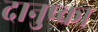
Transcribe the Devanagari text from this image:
दानुष्का